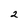
Character: 2